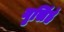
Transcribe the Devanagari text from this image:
नृसिंहं